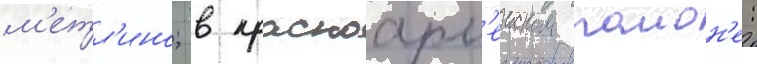
м'етл'ино; в красноарм'еиском раион'е: